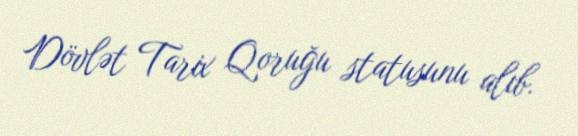
Dövlət Tarix Qoruğu statusunu alıb.